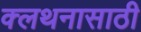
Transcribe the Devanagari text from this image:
क्लथनासाठी